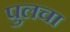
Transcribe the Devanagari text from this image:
पुलचा